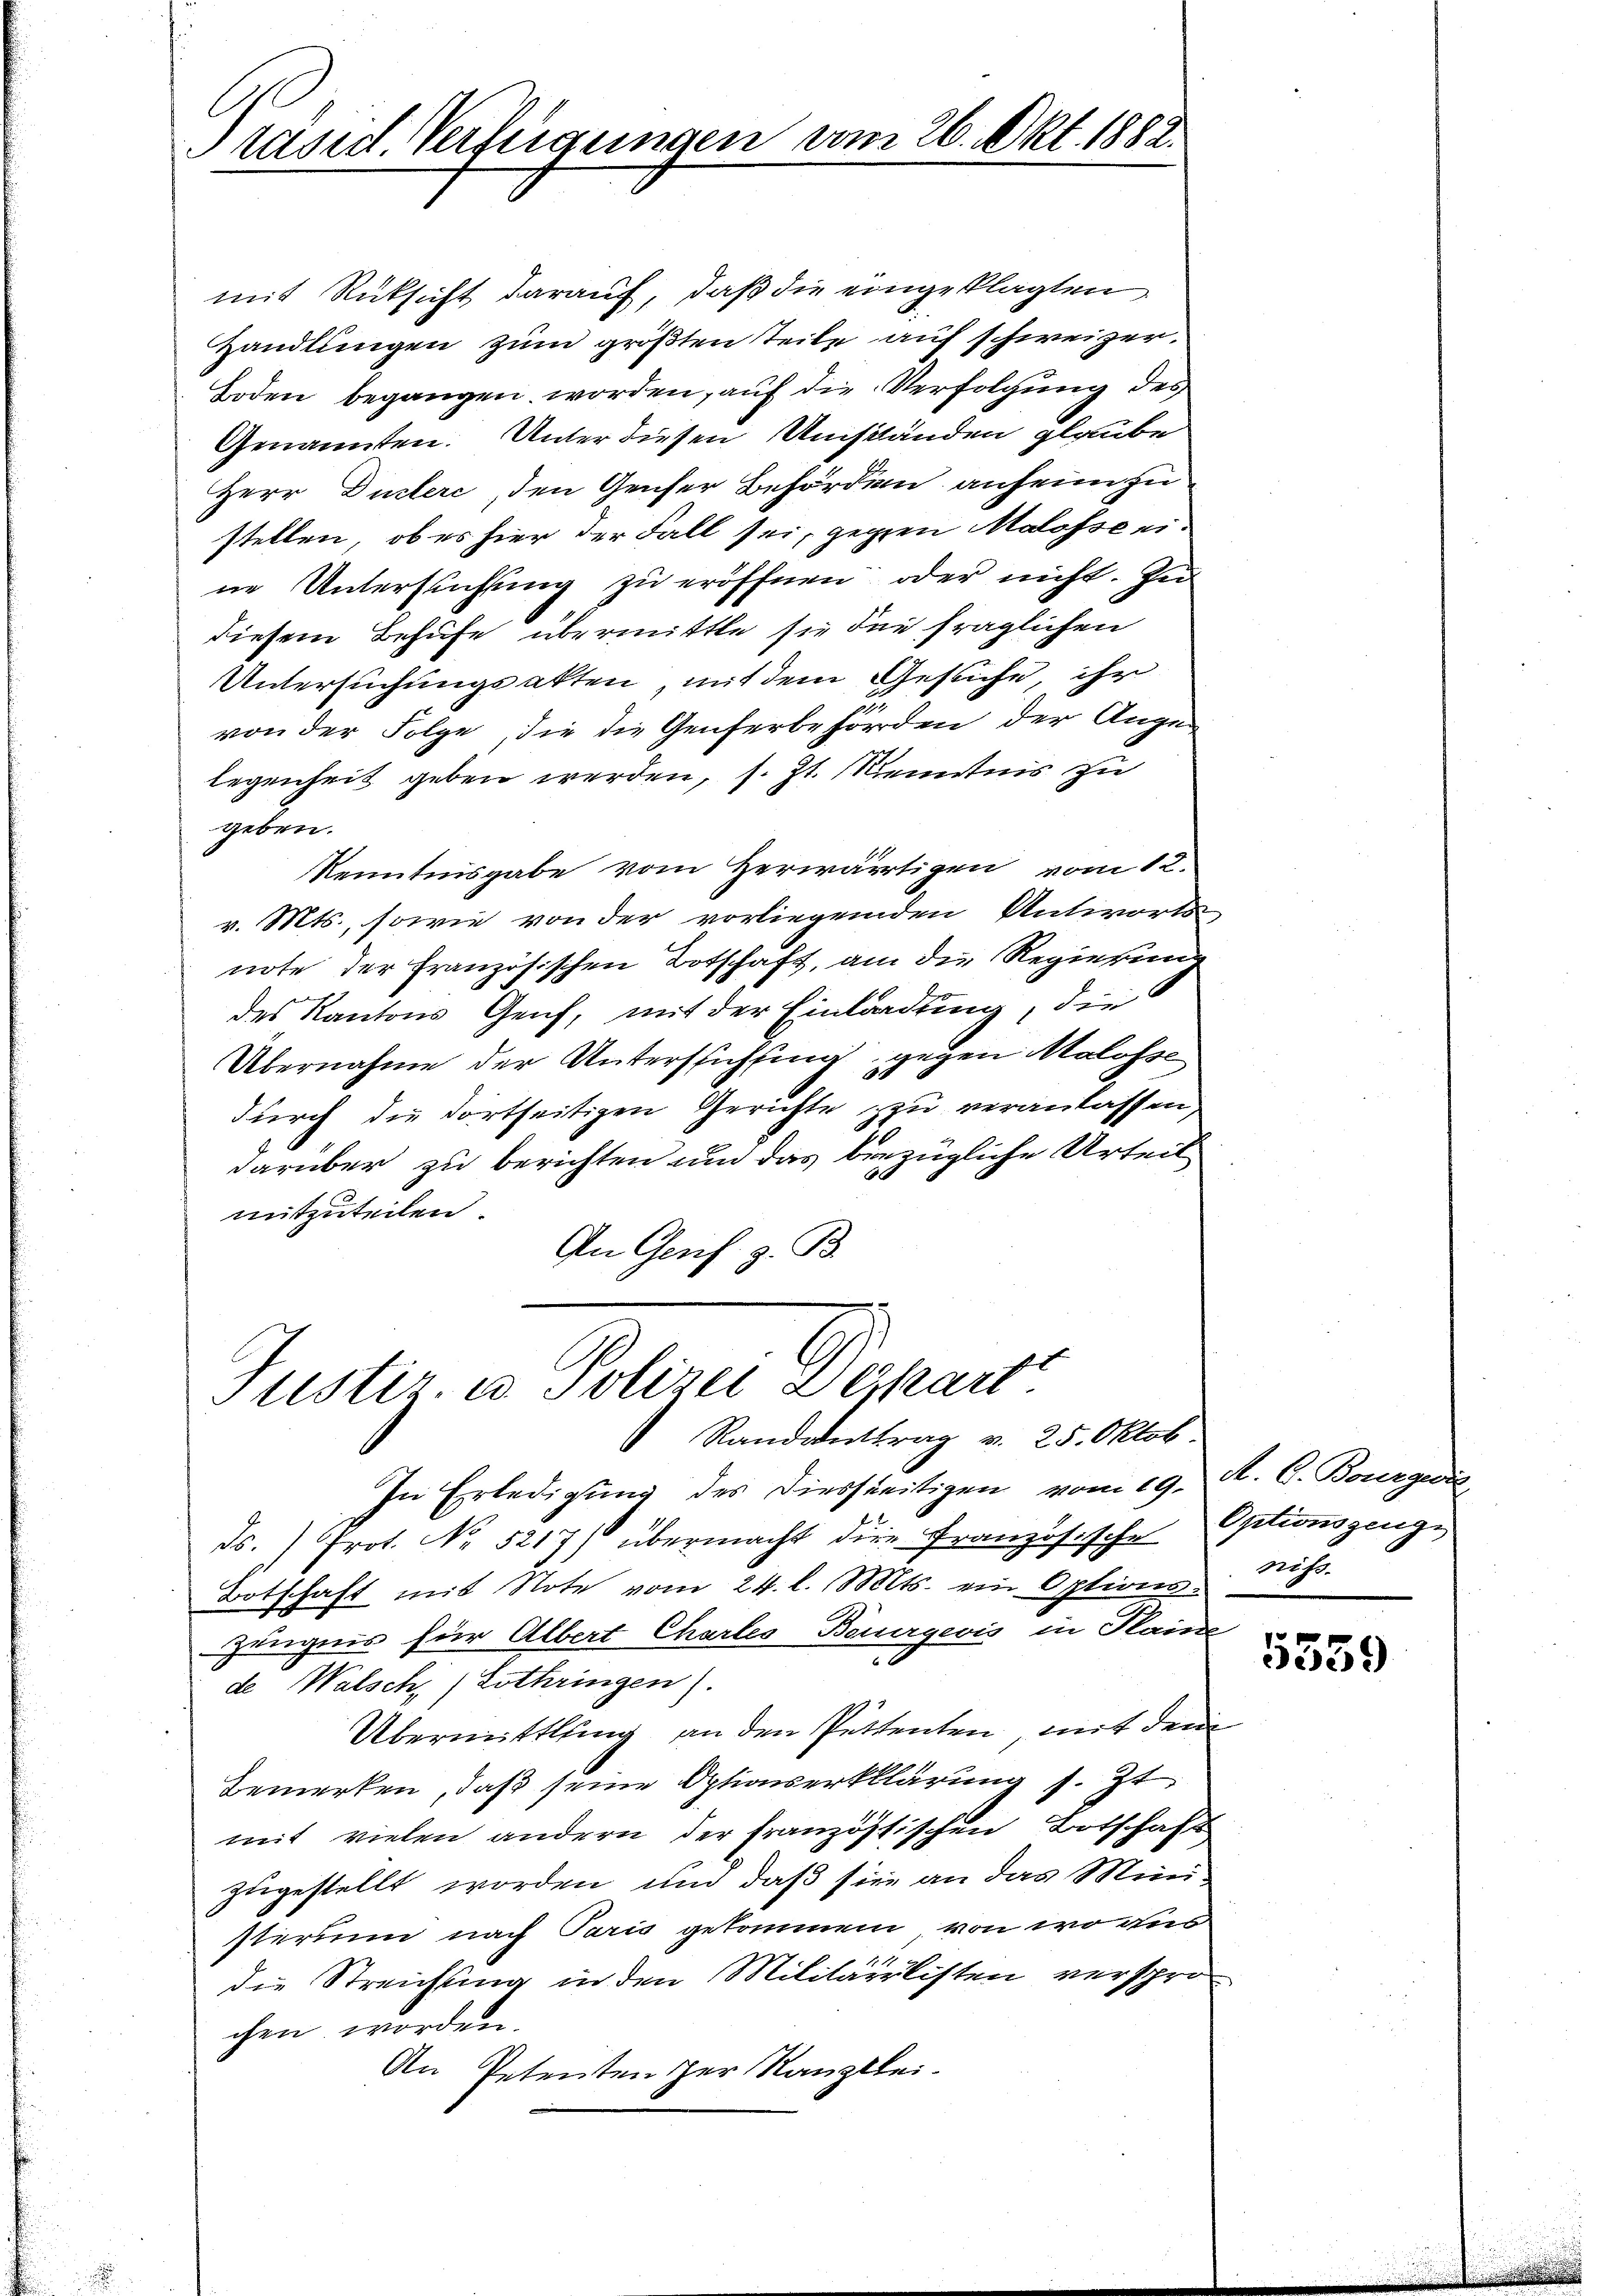
Prased Verfügungen vom 26. Okt. 1882.

mit Rücksicht darauf, daß die eingeklagten
Handlungen zum größten Teile auf schweizer.
Boden begangen worden, auf die Verfolgung des
Genannten. Unter diesen Umständen glaube
Herr Dustere, den Genser Behörden anheimzu
stellen, ob es hier der Fall sei, gegen Malosse eine Untersuchung zu eröffnen oder nicht. In
diesem Behufe übermittle sie die fraglichen
Untersuchungsakten, mit dem Gesuche ihr
von der Folge, die die Genferbehörden der Angelegenheit geben werden, s. Zt. Kenntnis zu
geben.
Kenntnisgabe vom Herwärtigen vom 12.
v. Mts., sowie von der vorliegenden Antworts,
note der französischen Botschaft, am die Regierung
des Kantons Genf, mit der Einladung, die
Übernahme der Untersichtung gegen Malosse
durch die dortseitigen Gerichte zu veranlassen,
darüber zu berichten und das bezügliche Urteil
mitzuteilen.
An Genf z. B.

Justiz- u. Polizei zerkart
Randanttrag v. 25. Oktob.

In Erledigung des Diesseitigen vom 19. A. C. Bourgeri
ds.) Prot. No. 5217) übermacht die Französische
Botschaft mit Note vom 24. l. Mts. ein Options Suiss
Zeugnis für Albert Chartes Bauergeois in Plaine
de Walsch (Lothringen).
Übermittlung an den Püttenten, mit den
Bemerken, daß seine Optionserklärung s. Zt
mit vielen andern der französischen Botschaft
zugestellt worden und daß sie an das Mini-
steri nach Paris gekommen, von wo aus
14
die Streichung in den Militärilisten versprochen worden.
An Petenten der Kanzlei.

Optionszeuge

s

5559